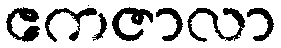
ဧကဇာလာ